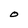
Character: O